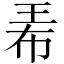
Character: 𤤰